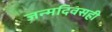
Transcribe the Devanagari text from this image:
जन्मदिवसही